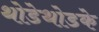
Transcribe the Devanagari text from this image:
थोडेथोडके